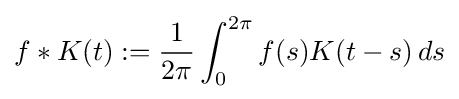
f*K(t):={\frac {1}{2\pi }}\int _{0}^{2\pi }f(s)K(t-s)\,ds